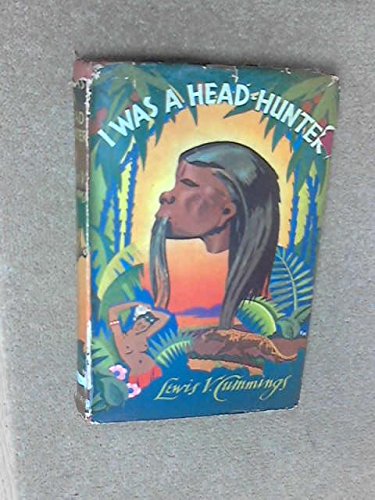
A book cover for I Was a Head-Hunter; LEWIS V. CUMMINGS; Travel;